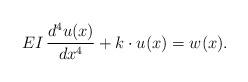
LaTeX: \begin{align*}E I \, \frac{d^4 u(x)}{dx^4} + k \cdot u(x) = w(x).\end{align*}